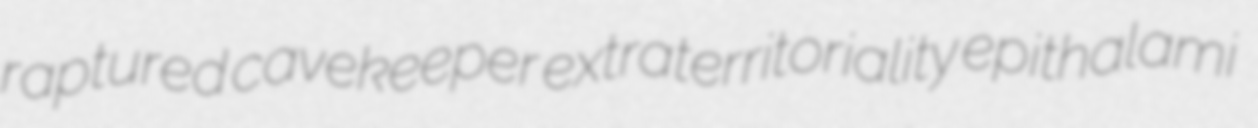
raptured cavekeeper extraterritoriality epithalami